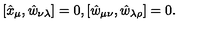
[ \hat { x } _ { \mu } , \hat { w } _ { \nu \lambda } ] = 0 , [ \hat { w } _ { \mu \nu } , \hat { w } _ { \lambda \rho } ] = 0 .